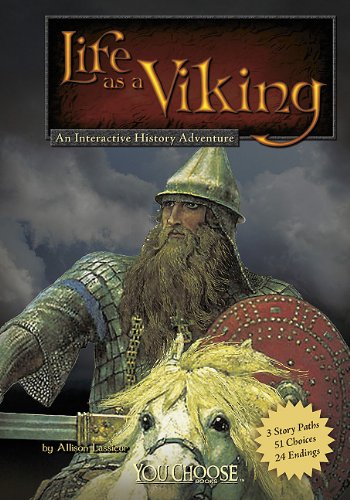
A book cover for Life as a Viking: An Interactive History Adventure (You Choose: Warriors); Allison Lassieur; Children's Books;